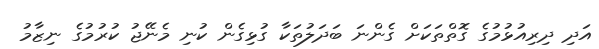
އަދި ދިރިއުޅުމުގެ ގޮތްތަކަށް ގެންނަ ބަދަލުތަކާ ގުޅިގެން ކުނި މެނޭޖު ކުރުމުގެ ނިޒާމު